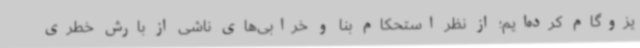
یزوگام کرده‌ایم؛ از نظر استحکام بنا و خرابی‌های ناشی از بارش خطری